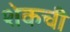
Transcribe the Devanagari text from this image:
शेकची